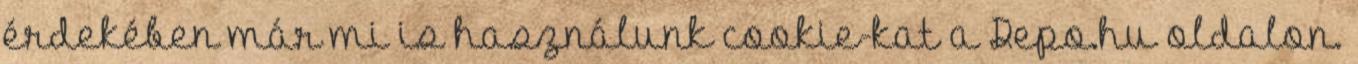
érdekében már mi is használunk cookie-kat a Depo.hu oldalon.